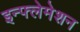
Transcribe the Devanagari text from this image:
इन्फ्लेमेशन